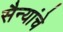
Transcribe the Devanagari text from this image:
सैन्यांचे